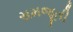
સમજૂતી